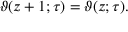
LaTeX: \vartheta ( z + 1 ; \tau ) = \vartheta ( z ; \tau ) .